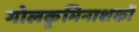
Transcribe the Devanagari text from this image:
गोलकृमिनाशकों